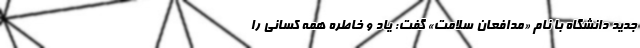
جدید دانشگاه با نام «مدافعان سلامت» گفت: یاد و خاطره همه‌ کسانی را